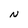
Character: N